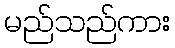
မည်သည်ကား